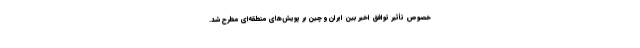
خصوص تأثیر توافق اخیر بین ایران و چین بر پویش‌های منطقه‌ای مطرح شد.